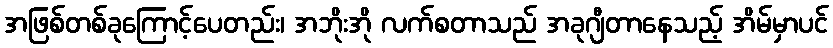
အဖြစ်တစ်ခုကြောင့်ပေတည်း၊ အဘိုးအို လက်စတာသည် အခုဂျီတာနေသည့် အိမ်မှာပင်